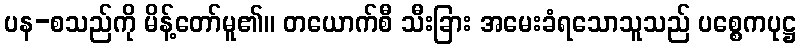
ပန-စသည်ကို မိန့်တော်မူ၏။ တယောက်စီ သီးခြား အမေးခံရသောသူသည် ပစ္စေကပုဋ္ဌ